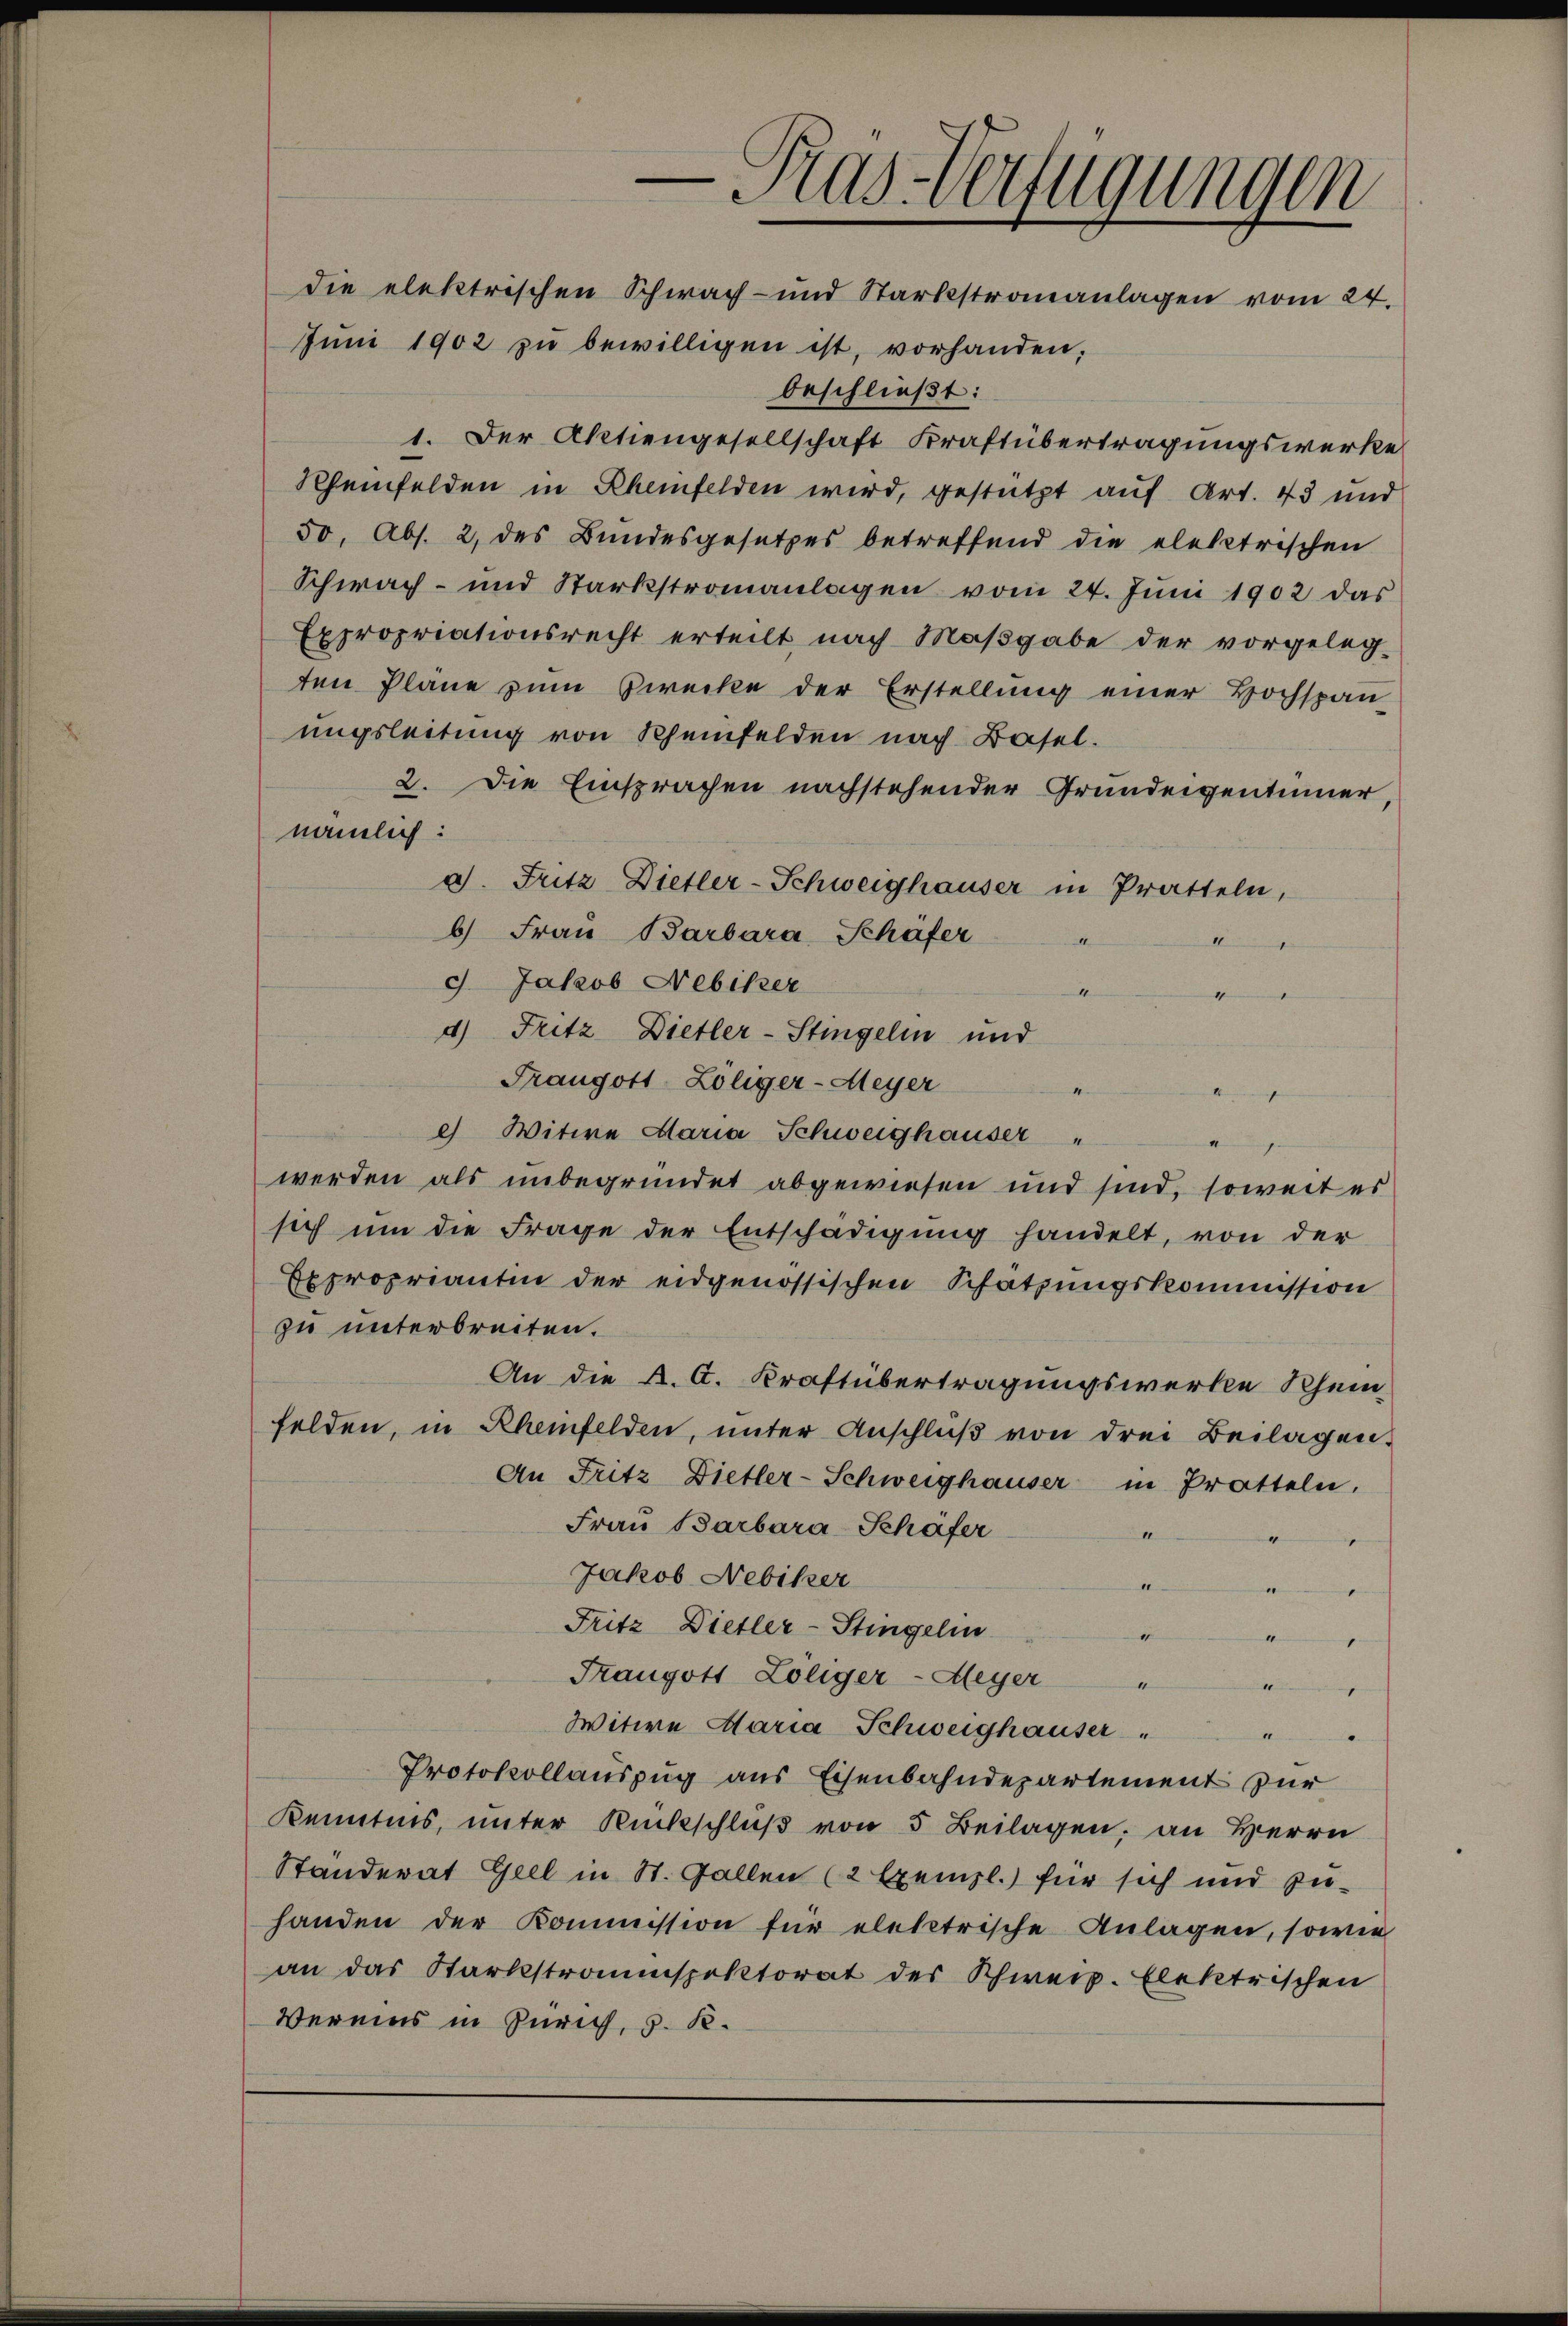
beschließt:
1. Der Aktiengesellschaft Kraftübertragungswerke
Rheinfelden in Rhemfelden wird, gestützt auf Art. 43 und
50, Abs. 2, des Bundesgesetzes betreffend die elektrischen
Schwach- und Starkstromanlagen vom 24. Juni 1902 das
Expropriationsrecht erteilt nach Maßgabe der vorgeleg-
ten Plane zum Zwecke der Erstellung einer Hochspan
ungsleitung von Rheinfelden nach Basel.
2. Die Einsprachen nachstehender Grundeigentümer,
nämlich:
c. Fritz Dietler-Schweighauser in Pratteln,
6 Frau Barbara Schäfer
I
I
d Jakob Nebiker
1
4) Fritz Dietler-Stingelin und
Franzott-Zoliger-Meyer
) Witwe Maria Schweighauser "
werden als unbegründet abgewiesen und sind, soweit es
sich um die Frage der Entschädigung handelt, von der
Expropriantin der eidgenössischen Schatzungskommission
zu unterbreiten.
An die K. A. Kraftübertragungswerke Rhein
felden, in Rheinfelden, unter Anschlŭβ von drei Beilagen.
An Fritz Dietler-Schweighauser in Pratteln.
Frau Barbara-Schäfer
e
d
Jakob Nebiker
1
“
e
Fritz Dietler-Stingeli
4
.
.
Trangott Zöliger-Aeger "
i der
Witwe Maria Schweighauser "
A
.
Protokollauszug aus Eisenbahndepartement zur
Kenntnis, unter Rückschlŭβ von 5 Beilagen, an Herrn
Standerat Geel in St. Gallen (2 Exempl.) für sich und zuhanden der Kommission für elektrische Anlagen, sowie
an das Starkstramspektorat des Schweiz. Elektrischen
Vereins in Zürich, d. R.

Ras-Verfügungen
die elektrischen Schwach- und Starkstronanlagen vom 24.
Jŭni 1902 zŭ bewilligen ist, vorhanden;

4
Aenen |
4